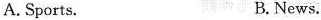
A.Sports. B. News.